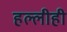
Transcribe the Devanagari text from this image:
हल्लीही